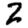
Digit: 2